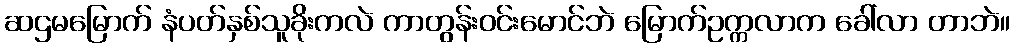
ဆဌမမြောက် နံပတ်နှစ်သူခိုးကလဲ ကာတွန်းဝင်းမောင်ဘဲ မြောက်ဥက္ကလာက ခေါ်လာ တာဘဲ။